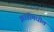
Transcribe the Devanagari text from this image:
झाडीमधील